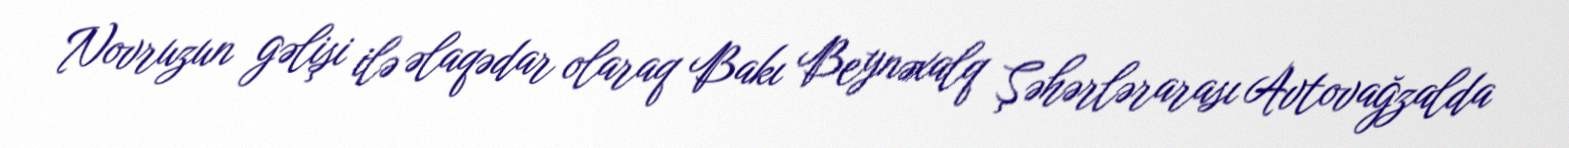
Novruzun gəlişi ilə əlaqədar olaraq Bakı Beynəxalq Şəhərlərarası Avtovağzalda